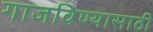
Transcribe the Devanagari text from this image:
गाजविण्यासाठी